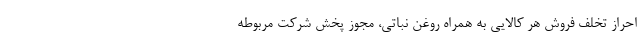
احراز تخلف فروش هر کالایی به همراه روغن نباتی، مجوز پخش شرکت مربوطه